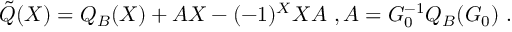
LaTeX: \tilde { Q } ( X ) = Q _ { B } ( X ) + A X - ( - 1 ) ^ { X } X A \ , A = G _ { 0 } ^ { - 1 } Q _ { B } ( G _ { 0 } ) \ .